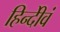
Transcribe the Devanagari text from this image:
हिन्दीेवं